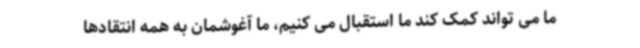
ما می تواند کمک کند ما استقبال می کنیم، ما آغوشمان به همه انتقادها